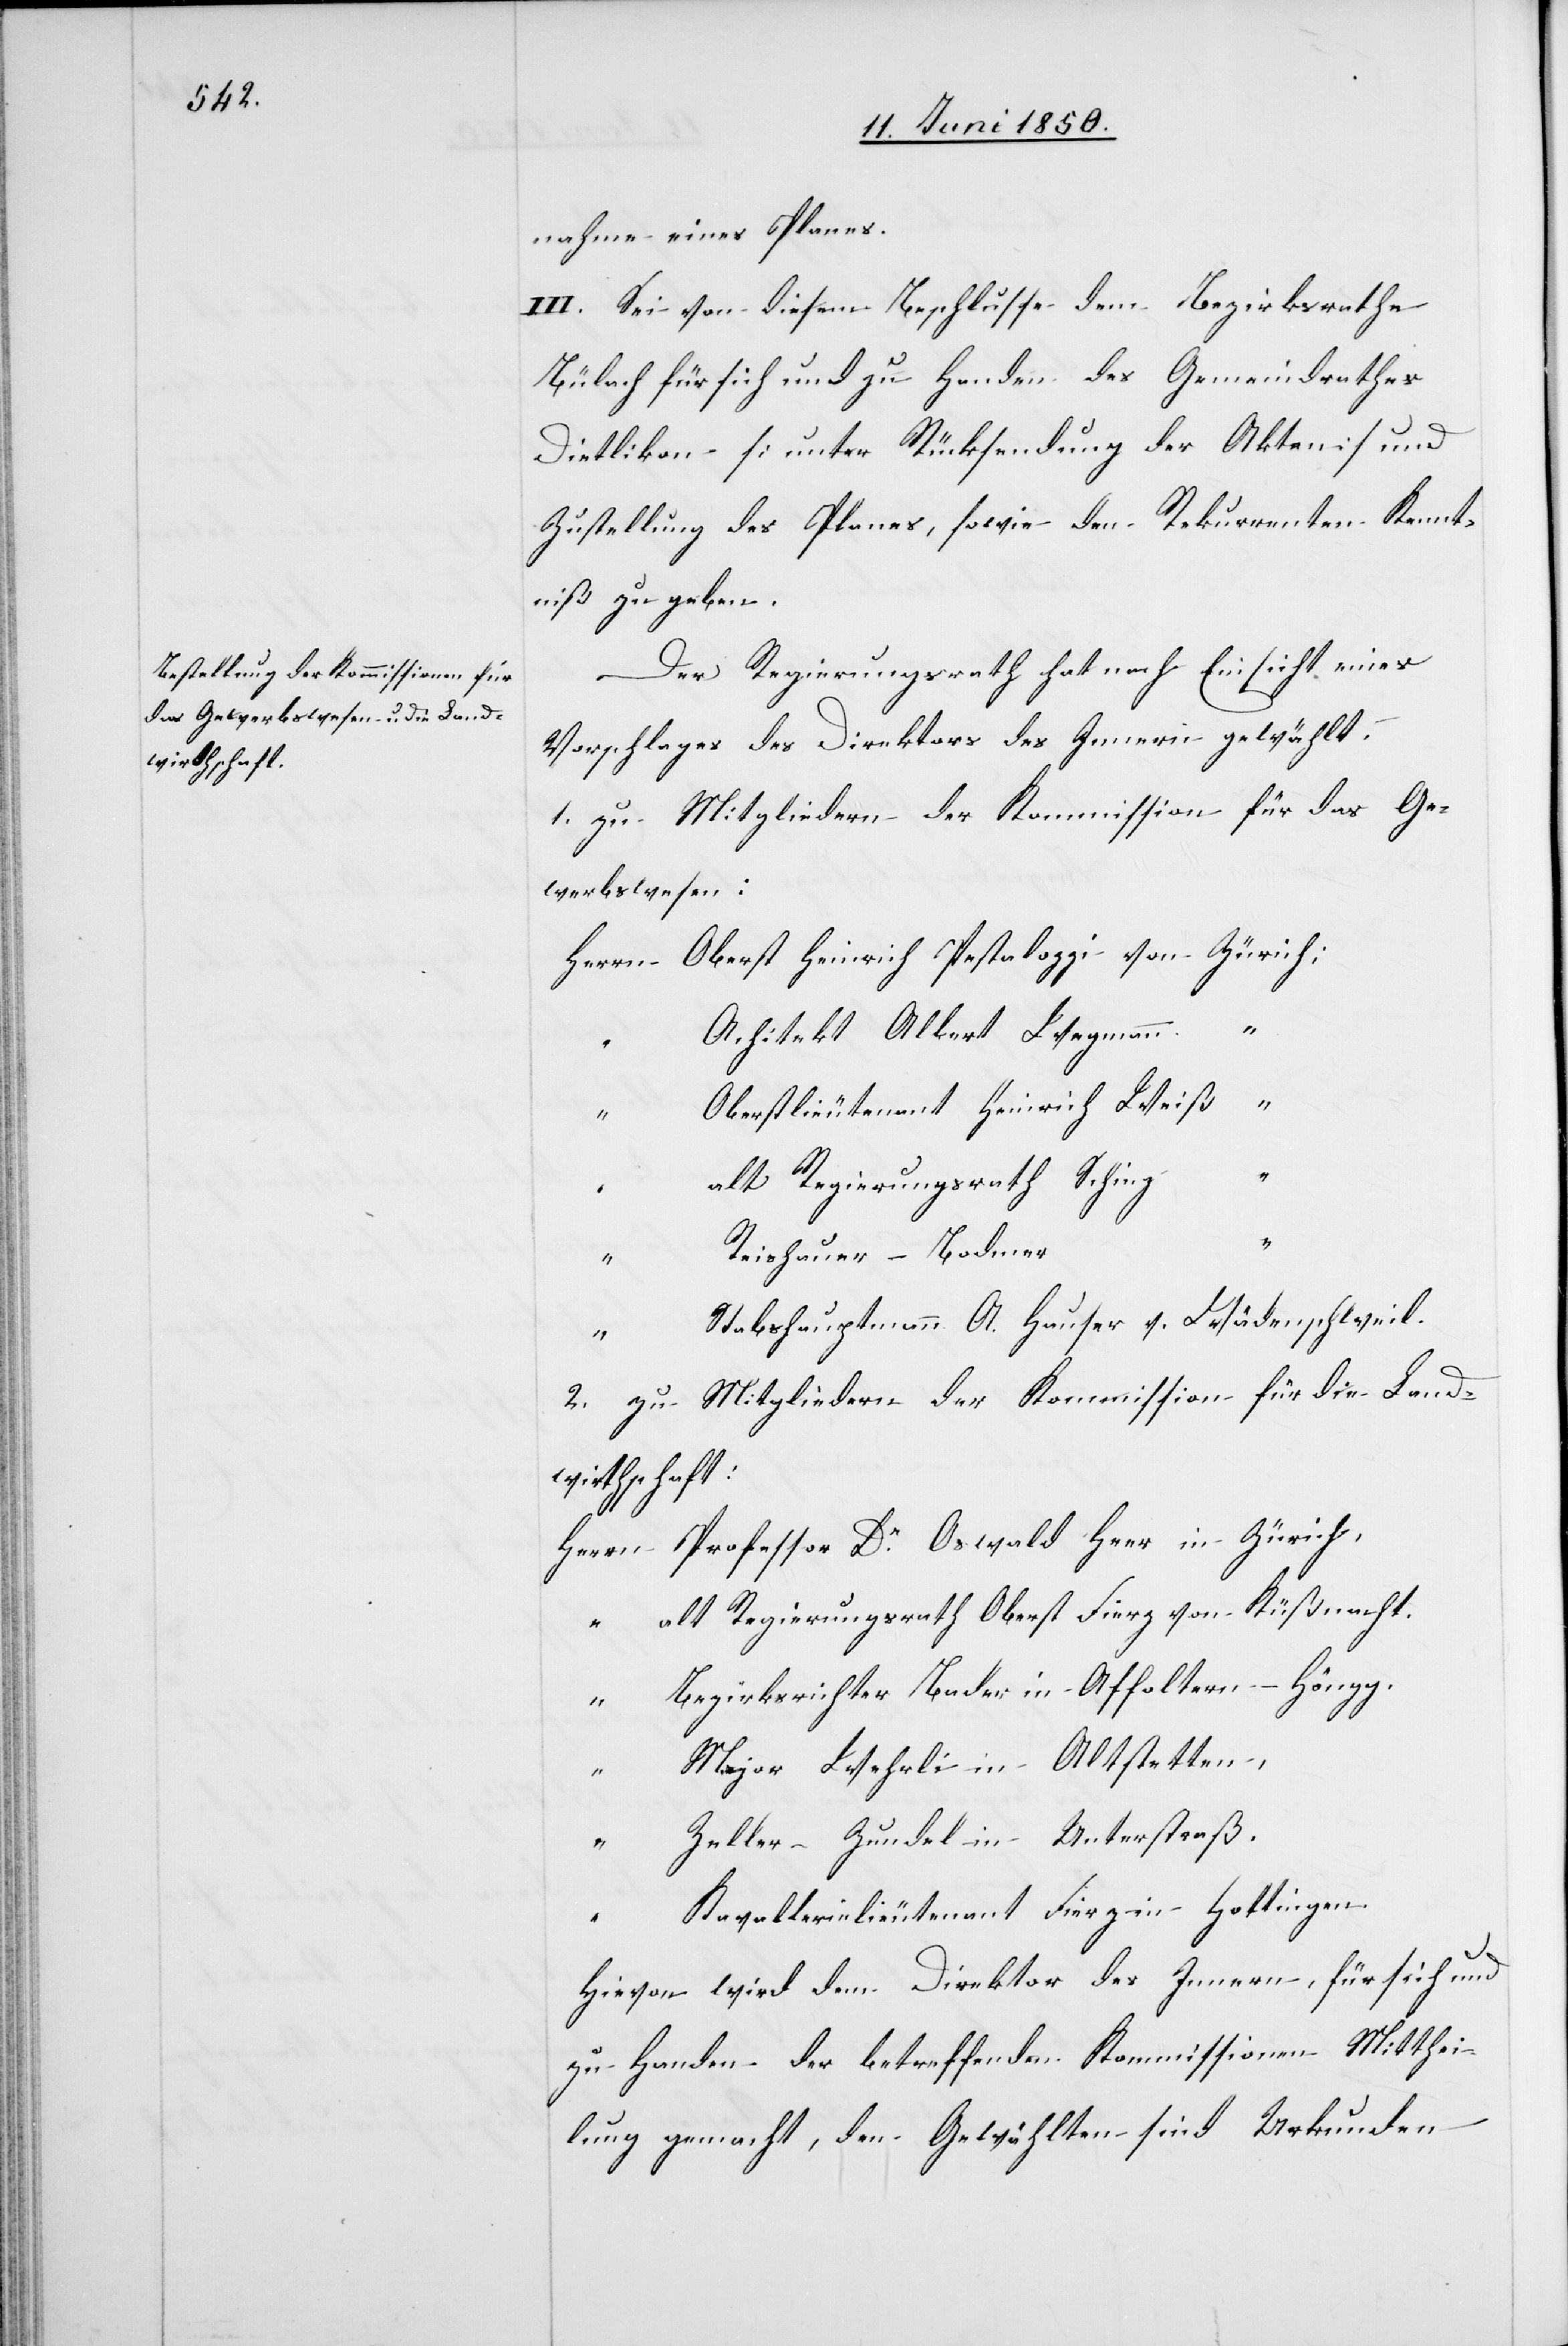
nahme eines Planes.
III. Sei von diesem Beschlusse dem Bezirksrathe
Bülach für sich und zu Handen des Gemeindrathes
Dietlikon [unter Rücksendung der Akten] und
Zustellung des Planes, sowie den Rekurrenten Kennt¬
niß zu geben.
Der Regierungsrath hat nach Einsicht eines
Vorschlages des Direktors des Innern gewählt.
1. zu Mitgliedern der Kommission für das Ge¬
werbswesen:
Herrn Oberst Heinrich Pestalozzi von Zürich;
A[r]chitekt Alkert Wegmann “
“ Oberstlieutenant Heinrich Weiß
“
alt Regierungsrath Schinz
“
Reishauer-Bodmer
“
Stabshauptmann A. Hauser v. Wädenschweil.
2. zu Mitgliedern der Kommission für die Land¬
wirthschaft:
Herrn Professor Dr Oswald Heer in Zürich,
“ alt Regierungsrath Oberst Fierz von Küßnacht.
Bezirksrichter Bader in Affoltern-Höngg.
“
Major Wehrli in Altstetten,
“
Zeller-Zundel in Unterstraß.
Kavallerielieutenant Fierz in Hottingen.
Hievon wird dem Direktor des Innern, für sich und
zu Handen der betreffenden Kommissionen Mitthei¬
lung gemacht, den Gewählten sind Urkunden